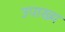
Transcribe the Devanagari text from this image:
उपाख्‍य